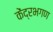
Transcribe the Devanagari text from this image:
केंद्रभगण